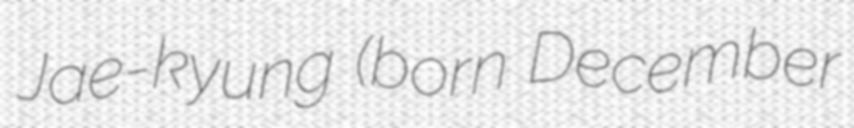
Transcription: Jae-kyung (born December